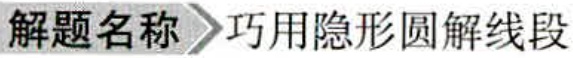
解题名称 巧用隐形圆解线段